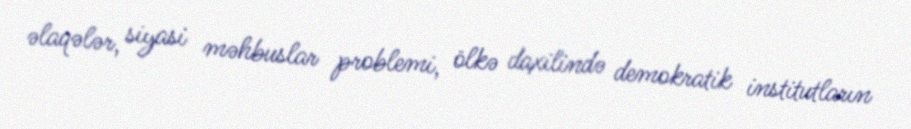
əlaqələr, siyasi məhbuslar problemi, ölkə daxilində demokratik institutların